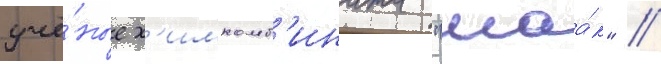
учё́ные х'имкомб'ината "маа́к" //